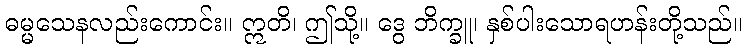
ဓမ္မသေနလည်းကောင်း။ ဣတိ၊ ဤသို့။ ဒွေ ဘိက္ခူ၊ နှစ်ပါးသောရဟန်းတို့သည်။